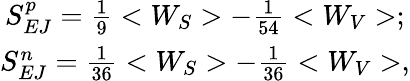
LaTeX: \begin{array}{clcr}{{S_{EJ}^{p}=\frac{1}{9}<W_{S}>-\frac{1}{54}<W_{V}>;}}\\ {{S_{EJ}^{n}=\frac{1}{36}<W_{S}>-\frac{1}{36}<W_{V}>,}}\end{array}